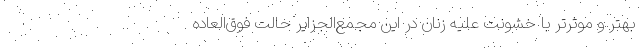
بهتر و موثرتر با خشونت علیه زنان در این مجمع‌الجزایر حالت فوق‌العاده